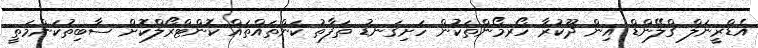
އެޑްރީނަލް ގްލޭންޑް އިން ދޫކުރާ ހޯރމޯންތަކުން ހަށިގަނޑު ތަފާތު ކަންތައްތައް ކޮންޓްރޯލްކޮށް ސާބިތުކަންމަތީ